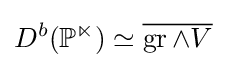
D^{b}(\mathbb {P^{n}} )\simeq {\overline {\operatorname {gr} \wedge V}}